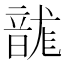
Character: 𮧻